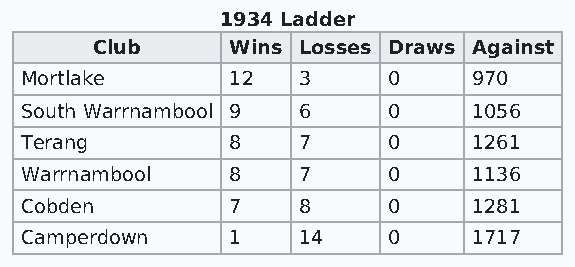
1934 Ladder
 Club     Wins Losses Draws Against
 Mortlake      12   3     0    970
 South Warrnambool 9 6    0    1056
 Terang        8    7     0    1261
 Warrnambool   8    7     0    1136
 Cobden        7    8     0    1281
 Camperdown    1    14    0    1717